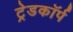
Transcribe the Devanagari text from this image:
ट्रेडकॉर्प